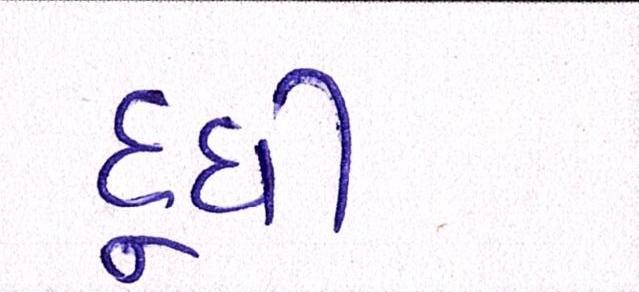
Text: દૂધી